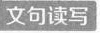
文句读写